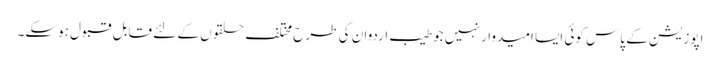
اپوزیشن کے پاس کوئی ایسا امیدوار نہیں جو طیب اردوان کی طرح مختلف حلقوں کے لئے قابل قبول ہوسکے۔